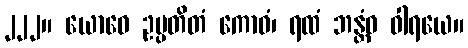
၂၂၂။ ယောဝေ ဥပ္ပတိတံ ကောဓံ၊ ရထံ ဘန္တံဝ ဝါရယေ။